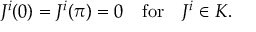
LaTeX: J ^ { i } ( 0 ) = J ^ { i } ( \pi ) = 0 \quad \mathrm { f o r } \quad J ^ { i } \in { \cal K } .